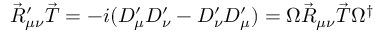
\vec { R } _ { \mu \nu } ^ { \prime } \vec { T } = - i ( D _ { \mu } ^ { \prime } D _ { \nu } ^ { \prime } - D _ { \nu } ^ { \prime } D _ { \mu } ^ { \prime } ) = \Omega \vec { R } _ { \mu \nu } \vec { T } \Omega ^ { \dagger }